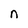
Character: n